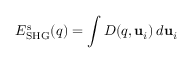
E _ { \mathrm { S H G } } ^ { \mathrm { s } } ( \v q ) = \int D ( \v q , \mathbf { u } _ { i } ) \, d \mathbf { u } _ { i }